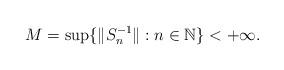
LaTeX: \begin{align*}M=\sup\{\Vert S_n^{-1}\Vert: n\in\mathbb{N}\}<+\infty.\end{align*}